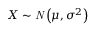
X \sim \mathit { N } \left( \mu , \sigma ^ { 2 } \right)